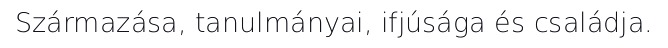
Származása, tanulmányai, ifjúsága és családja.